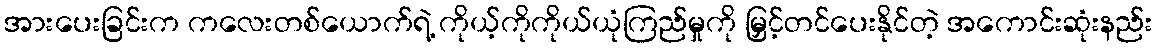
အားပေးခြင်းက ကလေးတစ်ယောက်ရဲ့ ကိုယ့်ကိုကိုယ်ယုံကြည်မှုကို မြှင့်တင်ပေးနိုင်တဲ့ အကောင်းဆုံးနည်း